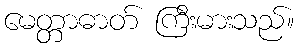
မေတ္တာဓာတ် ကြီးမားသည်။